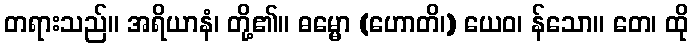
တရားသည်။ အရိယာနံ၊ တို့၏။ ဓမ္မော (ဟောတိ၊) ယေဝ၊ န်သော။ တေ၊ ထို